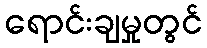
ရောင်းချမှုတွင်